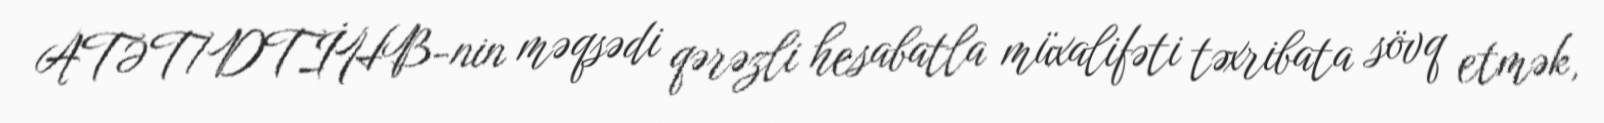
ATƏT/DTİHB-nin məqsədi qərəzli hesabatla müxalifəti təxribata sövq etmək,